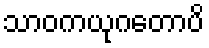
သာဝကယုဂတောပိ